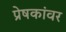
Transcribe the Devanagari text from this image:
प्रेषकांवर